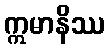
ဣမာနိဿ